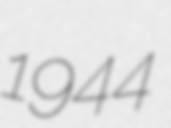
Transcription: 1944